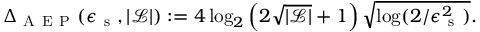
\Delta _ { \mathrm { ~ A ~ E ~ P ~ } } ( \epsilon _ { \mathrm { ~ s ~ } } , | \mathcal { L } | ) : = 4 \log _ { 2 } \left( 2 \sqrt { | \mathcal { L } | } + 1 \right) \sqrt { \log ( 2 / \epsilon _ { \mathrm { ~ s ~ } } ^ { 2 } ) } .